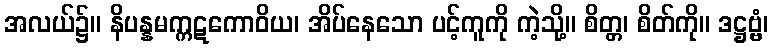
အလယ်၌။ နိပန္နမက္ကဋကောဝိယ၊ အိပ်နေသော ပင့်ကူကို ကဲ့သို့။ စိတ္တ၊ စိတ်ကို။ ဒဋ္ဌဗ္ဗံ၊